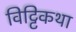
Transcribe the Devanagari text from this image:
विट्टिकथा